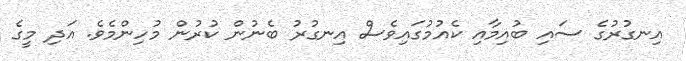
އިނގުރުގެ ސައި ބުއިމާއި ކެއުމުގައިވެސް އިނގުރު ބެނުން ކުރުން މުހިންމެވެ. އަދި މީގެ